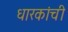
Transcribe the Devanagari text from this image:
धारकांची